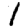
Digit: 1